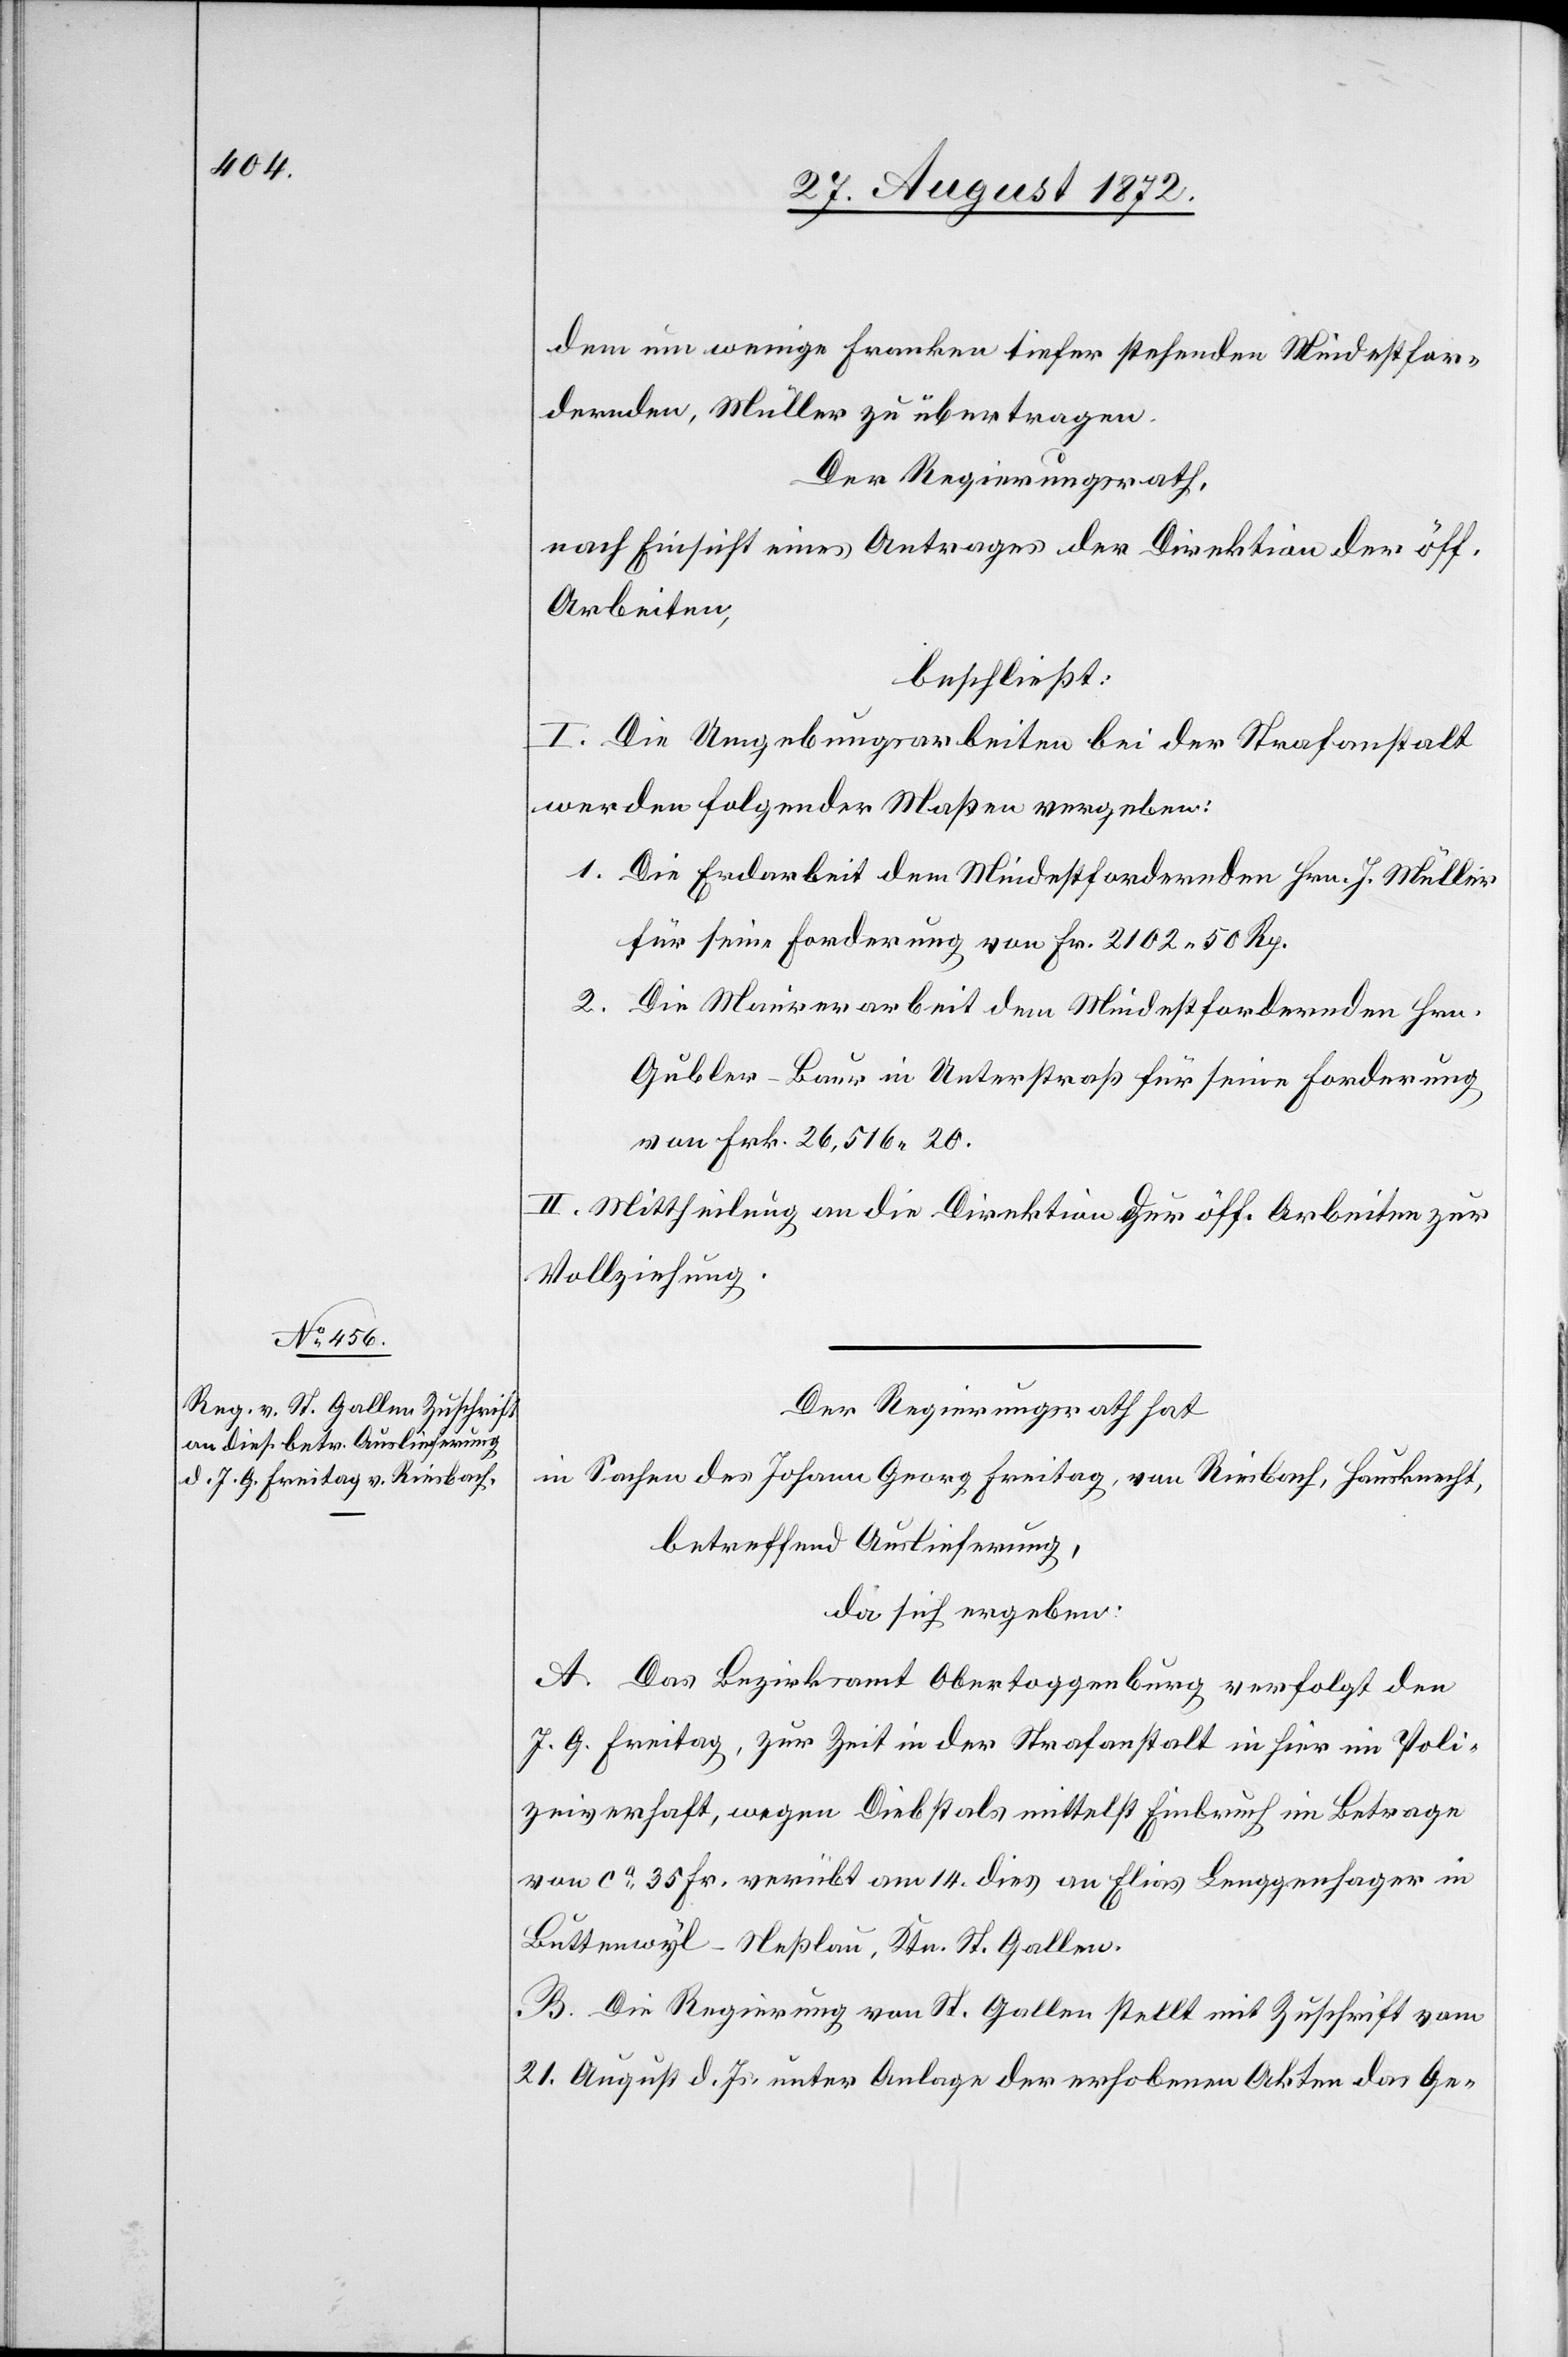
dem um wenige Franken tiefer stehenden Mindestfor¬
dernden, Müller zu übertragen.
Der Regierungsrath,
nach Einsicht eines Antrages der Direktion der öff.
Arbeiten,
beschließt:
I. Die Umgebungsarbeiten bei der Strafanstalt
werden folgender Maßen vergeben:
1. Die Erdarbeit dem Mindestfordernden Hrn. J. Müller
für seine Forderung von Fr. 2102 50 Rp.
2.
Die Maurerarbeit dem Mindestfordernden Hrn.
Gubler-Baur in Unterstraß für seine Forderung
von Frk. 26,516 20.
II. Mittheilung an die Direktion der öff. Arbeiten zur
Vollziehung.
Der Regierungsrath hat
in Sachen des Johann Georg Freitag, von Riesbach, Hausknecht,
betreffend Auslieferung,
da sich ergeben:
A. Das Bezirksamt Obertoggenburg verfolgt den
J. G. Freitag, zur Zeit in der Strafanstalt in hier im Poli¬
zeiverhaft, wegen Diebstals mittelst Einbruch im Betrage
von ca 35 Fr. verübt am 14. dies an Elias Lenggenhager in
Buttenwyl-Neßlau, Ktn. St. Gallen.
B. Die Regierung von St. Gallen stellt mit Zuschrift vom
21. August d. Js. unter Anlage der erhobenen Akten das Ge-